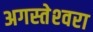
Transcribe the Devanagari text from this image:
अगस्‍तेश्‍वरा